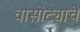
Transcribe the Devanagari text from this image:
वासोट्याचे